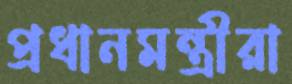
প্রধানমন্ত্রীরা